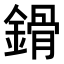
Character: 𨪷